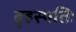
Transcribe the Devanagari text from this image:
बृहस्पतिः